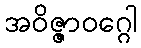
အဝိဇ္ဇာဝဂ္ဂေါ